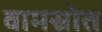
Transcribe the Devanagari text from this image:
वामस्रोत